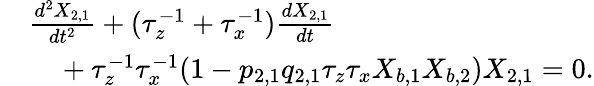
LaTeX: \begin{array}{rl}&{\frac{d^{2}X_{2,1}}{dt^{2}}+(\tau_{z}^{-1}+\tau_{x}^{-1})\frac{dX_{2,1}}{dt}}\\ &{~~~~+\tau_{z}^{-1}\tau_{x}^{-1}(1-p_{2,1}q_{2,1}\tau_{z}\tau_{x}X_{b,1}X_{b,2})X_{2,1}=0.}\end{array}